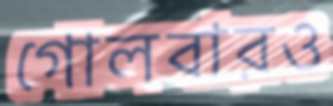
গোলবারও